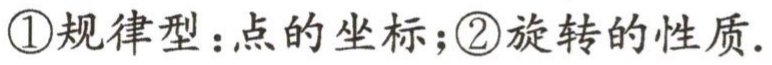
\textcircled{1}规律型：点的坐标；\textcircled{2}旋转的性质.